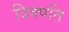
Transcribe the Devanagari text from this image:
दिक्पति